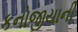
કનોજીયાની